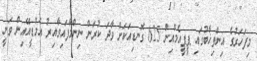
މިފަހަރުގެ އިންތިޚާބުގައި ޕީޕީއެމްއިން 625 ގޮނޑިއަކަށް ވާދަ ކުރަން ނިންމާފައިވާއިރު އެމްޑީއޭއިން ވަނީ